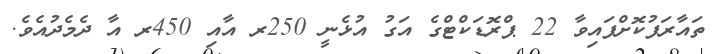
ތައާރަފުކޮށްފައިވާ 22 ޕްރޮޑަކްޓްގެ އަގު އުޅެނީ 250ރ އާއި 450ރ އާ ދެމެދުއެވެ.